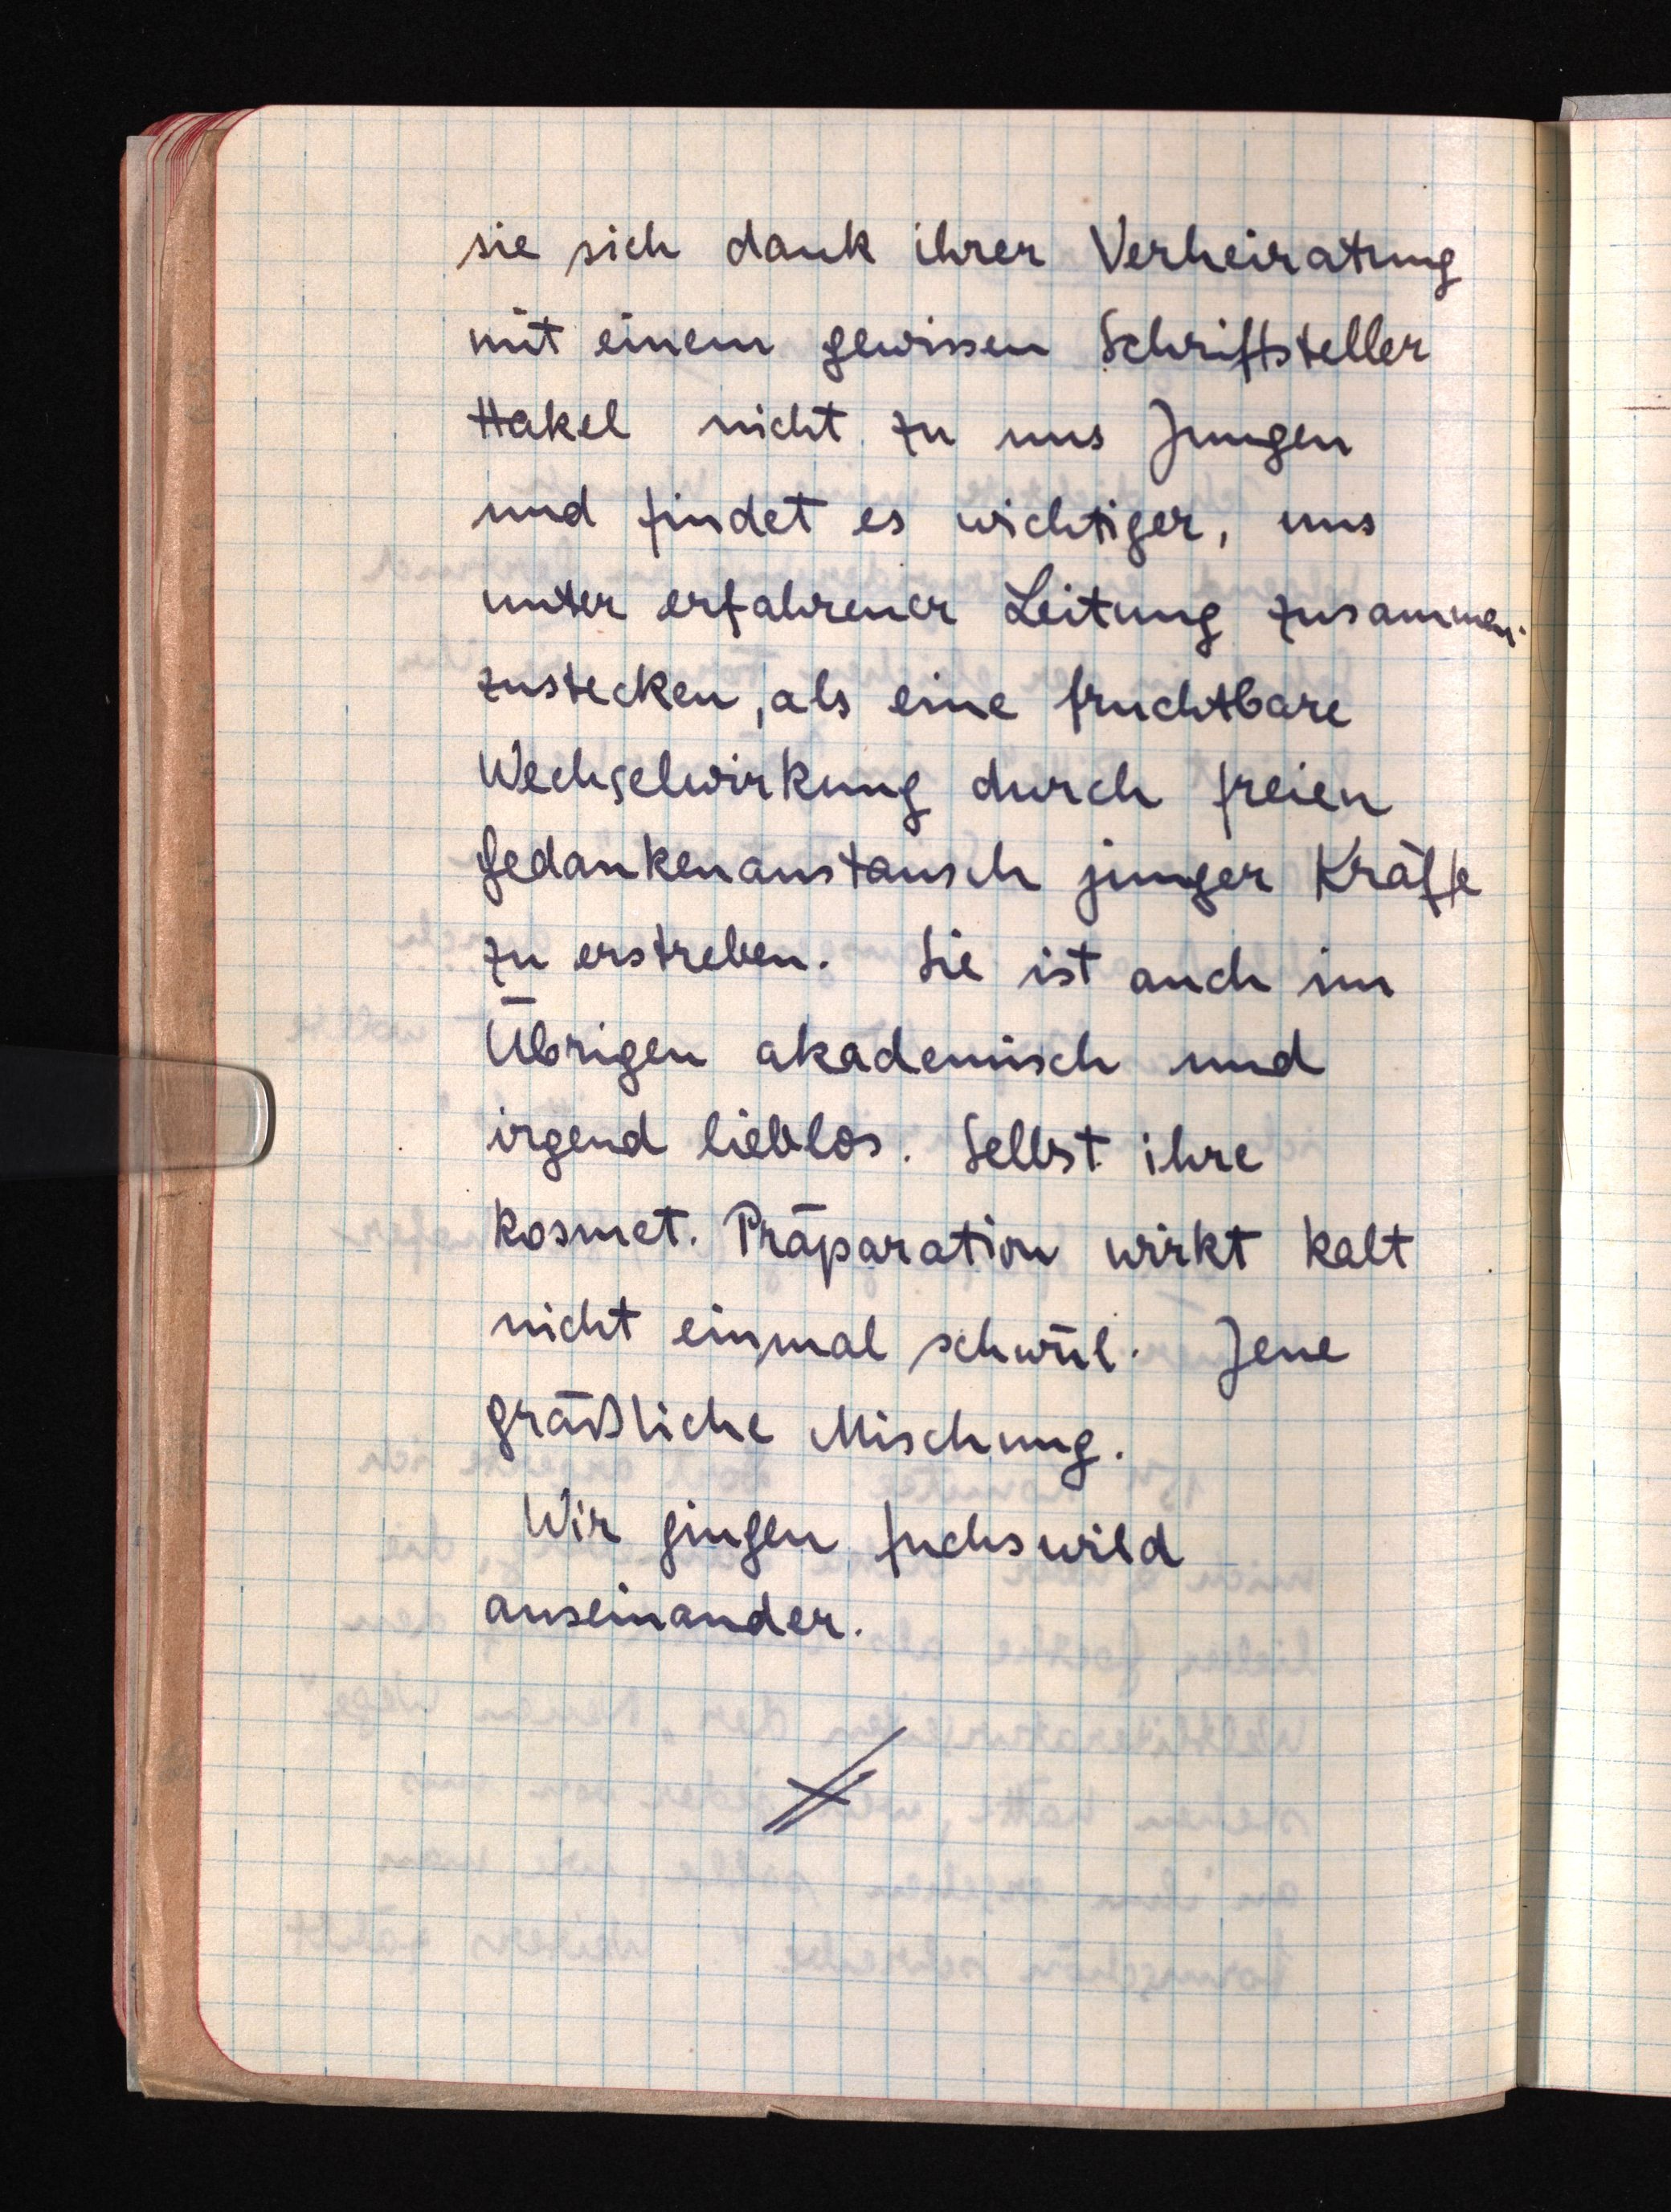
sie sich dank ihrer Verheiratung
mit einem gewissen Schriftsteller
Hakel nicht zu uns Jungen
und findet es wichtiger, uns
unter erfahrener Leitung zusammen
zustecken, als eine fruchtbare
Wechselwirkung durch freien
Gedankenaustausch junger Kräfte
zu erstreben. Sie ist auch im
Übrigen akademisch und
irgend lieblos. Selbst ihre
kosmet. Präparation wirkt kalt
nicht einmal schwül. Jene
gräßliche Mischung.
Wir gingen fuchswild
auseinander.